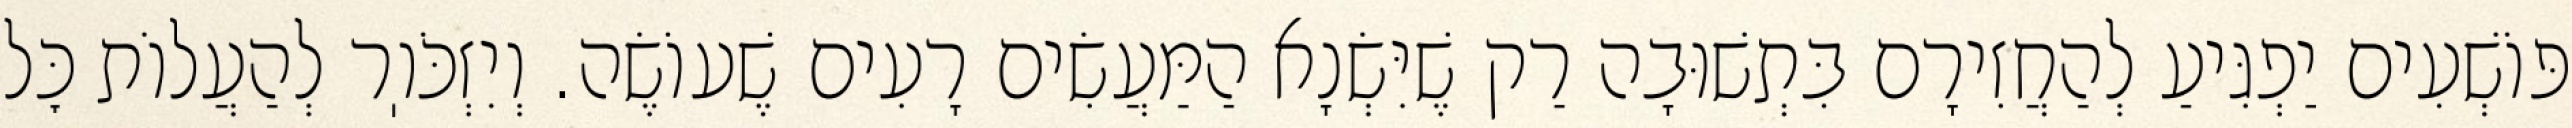
פּוֹשְׁעִים יַפְגִּיעַ לְהַחֲזִירָם בִּתְשׁוּבָה רַק שֶׁיִּשְׂנָא הַמַּעֲשִׂים רָעִים שֶׁעוֹשֶׂה. וְיִזְכֹּוֽר לְהַעֲלוֹת כׇּל